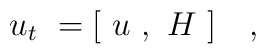
u_t \  = [\  u\  ,\  H\  ]\ \ \  ,